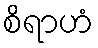
စိရာဟံ